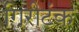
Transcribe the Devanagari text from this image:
गिरीटंक